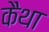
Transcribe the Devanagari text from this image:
कैथा